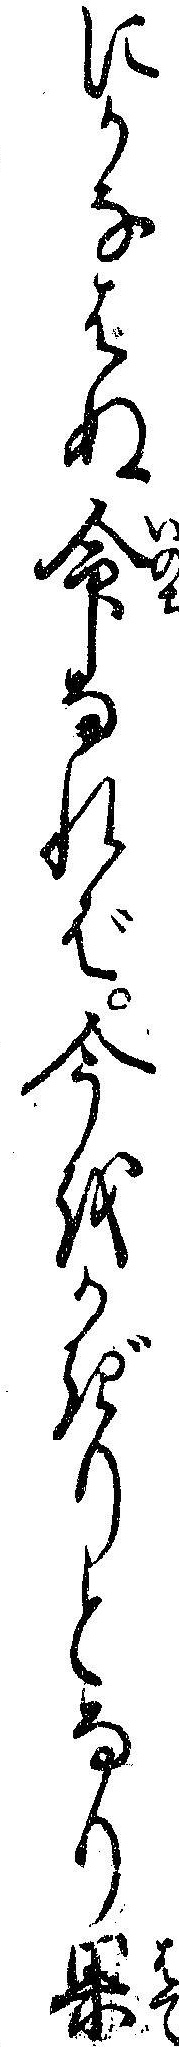
にかなはぬ命なれば今をかぎりとなり果